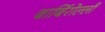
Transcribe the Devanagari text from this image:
बार्बिरोल्ली